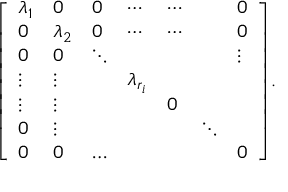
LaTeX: { \left[ \begin{array} { l l l l l l l } { \lambda _ { 1 } } & { 0 } & { 0 } & { \cdots } & { \cdots } & { } & { 0 } \\ { 0 } & { \lambda _ { 2 } } & { 0 } & { \cdots } & { \cdots } & { } & { 0 } \\ { 0 } & { 0 } & { \ddots } & { } & { } & { } & { \vdots } \\ { \vdots } & { \vdots } & { } & { \lambda _ { r _ { i } } } & { } & { } \\ { \vdots } & { \vdots } & { } & { } & { 0 } & { } \\ { 0 } & { \vdots } & { } & { } & { } & { \ddots } \\ { 0 } & { 0 } & { \ldots } & { } & { } & { } & { 0 } \end{array} \right] } .